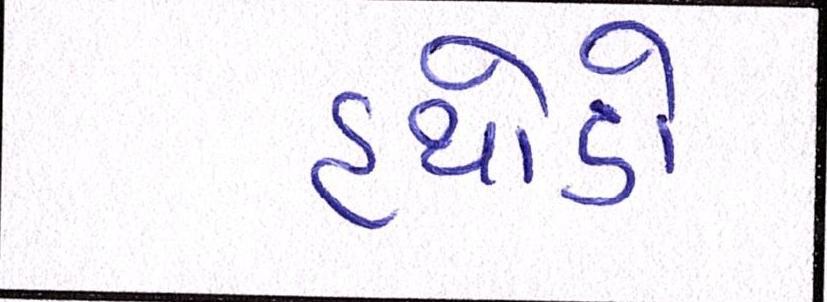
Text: હથોડો